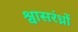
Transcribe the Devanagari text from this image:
श्वासरंध्रों